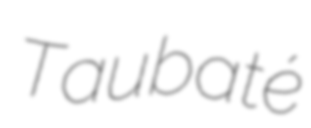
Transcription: Taubaté